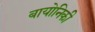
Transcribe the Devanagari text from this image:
बायोनिकी